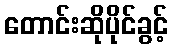
တောင်းဆိုပိုင်ခွင့်